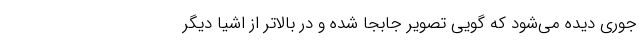
جوری دیده می‌شود که گویی تصویر جابجا شده و در بالاتر از اشیا دیگر